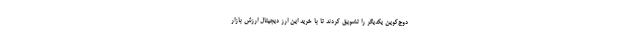
دوج‌کوین یکدیگر را تشویق کردند تا با خرید این ارز دیجیتال ارزش بازار